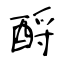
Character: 酹